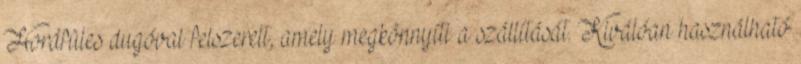
Hordfüles dugóval felszerelt, amely megkönnyíti a szállítását. Kiválóan használható